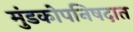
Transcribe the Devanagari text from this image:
मुंडकोपनिषदात